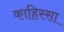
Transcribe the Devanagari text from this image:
काहिस्सा